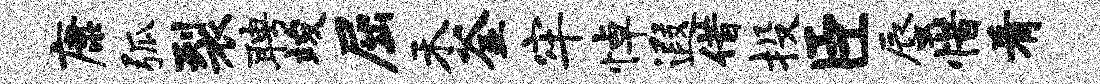
康弧裂聘竣屈禾釜牢悼遐借投臣蜃惜肴